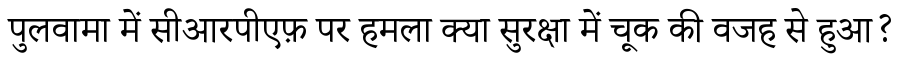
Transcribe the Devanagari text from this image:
पुलवामा में सीआरपीएफ़ पर हमला क्या सुरक्षा में चूक की वजह से हुआ?